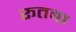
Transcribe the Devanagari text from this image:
रूतबा